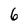
Character: 6